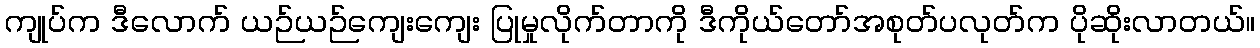
ကျုပ်က ဒီလောက် ယဉ်ယဉ်ကျေးကျေး ပြုမှုလိုက်တာကို ဒီကိုယ်တော်အစုတ်ပလုတ်က ပိုဆိုးလာတယ်။